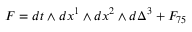
F = d t \wedge d x ^ { 1 } \wedge d x ^ { 2 } \wedge d \Delta ^ { 3 } + F _ { 7 5 }